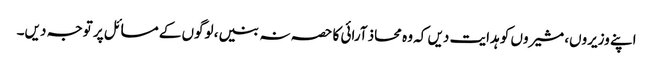
اپنے وزیروں، مشیروں کو ہدایت دیں کہ وہ محاذ آرائی کا حصہ نہ بنیں، لوگوں کے مسائل پر توجہ دیں۔